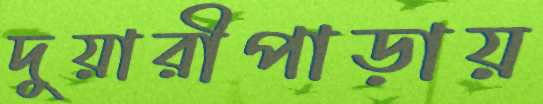
দুয়ারীপাড়ায়